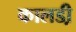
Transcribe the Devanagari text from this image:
कालडी़